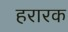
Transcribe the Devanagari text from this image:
हरारक